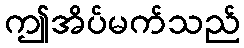
ဤအိပ်မက်သည်